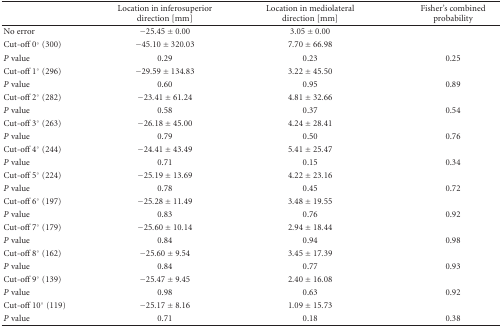
<table><thead><tr><td></td><td><b>Location in inferosuperior direction [mm]</b></td><td><b>Location in mediolateral direction [mm]</b></td><td><b>Fisher&#x27;s combined probability</b></td></tr></thead><tbody><tr><td>No error</td><td>−25.45 ± 0.00</td><td>3.05 ± 0.00</td><td></td></tr><tr><td>Cut-off 0° (300)</td><td>−45.10 ± 320.03</td><td>7.70 ± 66.98</td><td></td></tr><tr><td><i>P</i> value</td><td>0.29</td><td>0.23</td><td>0.25</td></tr><tr><td>Cut-off 1° (296)</td><td>−29.59 ± 134.83</td><td>3.22 ± 45.50</td><td></td></tr><tr><td><i>P</i> value</td><td>0.60</td><td>0.95</td><td>0.89</td></tr><tr><td>Cut-off 2° (282)</td><td>−23.41 ± 61.24</td><td>4.81 ± 32.66</td><td></td></tr><tr><td><i>P</i> value</td><td>0.58</td><td>0.37</td><td>0.54</td></tr><tr><td>Cut-off 3° (263)</td><td>−26.18 ± 45.00</td><td>4.24 ± 28.41</td><td></td></tr><tr><td><i>P</i> value</td><td>0.79</td><td>0.50</td><td>0.76</td></tr><tr><td>Cut-off 4° (244)</td><td>−24.41 ± 43.49</td><td>5.41 ± 25.47</td><td></td></tr><tr><td><i>P</i> value</td><td>0.71</td><td>0.15</td><td>0.34</td></tr><tr><td>Cut-off 5° (224)</td><td>−25.19 ± 13.69</td><td>4.22 ± 23.16</td><td></td></tr><tr><td><i>P</i> value</td><td>0.78</td><td>0.45</td><td>0.72</td></tr><tr><td>Cut-off 6° (197)</td><td>−25.28 ± 11.49</td><td>3.48 ± 19.55</td><td></td></tr><tr><td><i>P</i> value</td><td>0.83</td><td>0.76</td><td>0.92</td></tr><tr><td>Cut-off 7° (179)</td><td>−25.60 ± 10.14</td><td>2.94 ± 18.44</td><td></td></tr><tr><td><i>P</i> value</td><td>0.84</td><td>0.94</td><td>0.98</td></tr><tr><td>Cut-off 8° (162)</td><td>−25.60 ± 9.54</td><td>3.45 ± 17.39</td><td></td></tr><tr><td><i>P</i> value</td><td>0.84</td><td>0.77</td><td>0.93</td></tr><tr><td>Cut-off 9° (139)</td><td>−25.47 ± 9.45</td><td>2.40 ± 16.08</td><td></td></tr><tr><td><i>P</i> value</td><td>0.98</td><td>0.63</td><td>0.92</td></tr><tr><td>Cut-off 10° (119)</td><td>−25.17 ± 8.16</td><td>1.09 ± 15.73</td><td></td></tr><tr><td><i>P</i> value</td><td>0.71</td><td>0.18</td><td>0.38</td></tr></tbody></table>